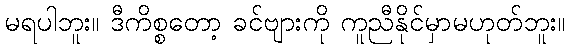
မရပါဘူး။ ဒီကိစ္စတော့ ခင်ဗျားကို ကူညီနိုင်မှာမဟုတ်ဘူး။